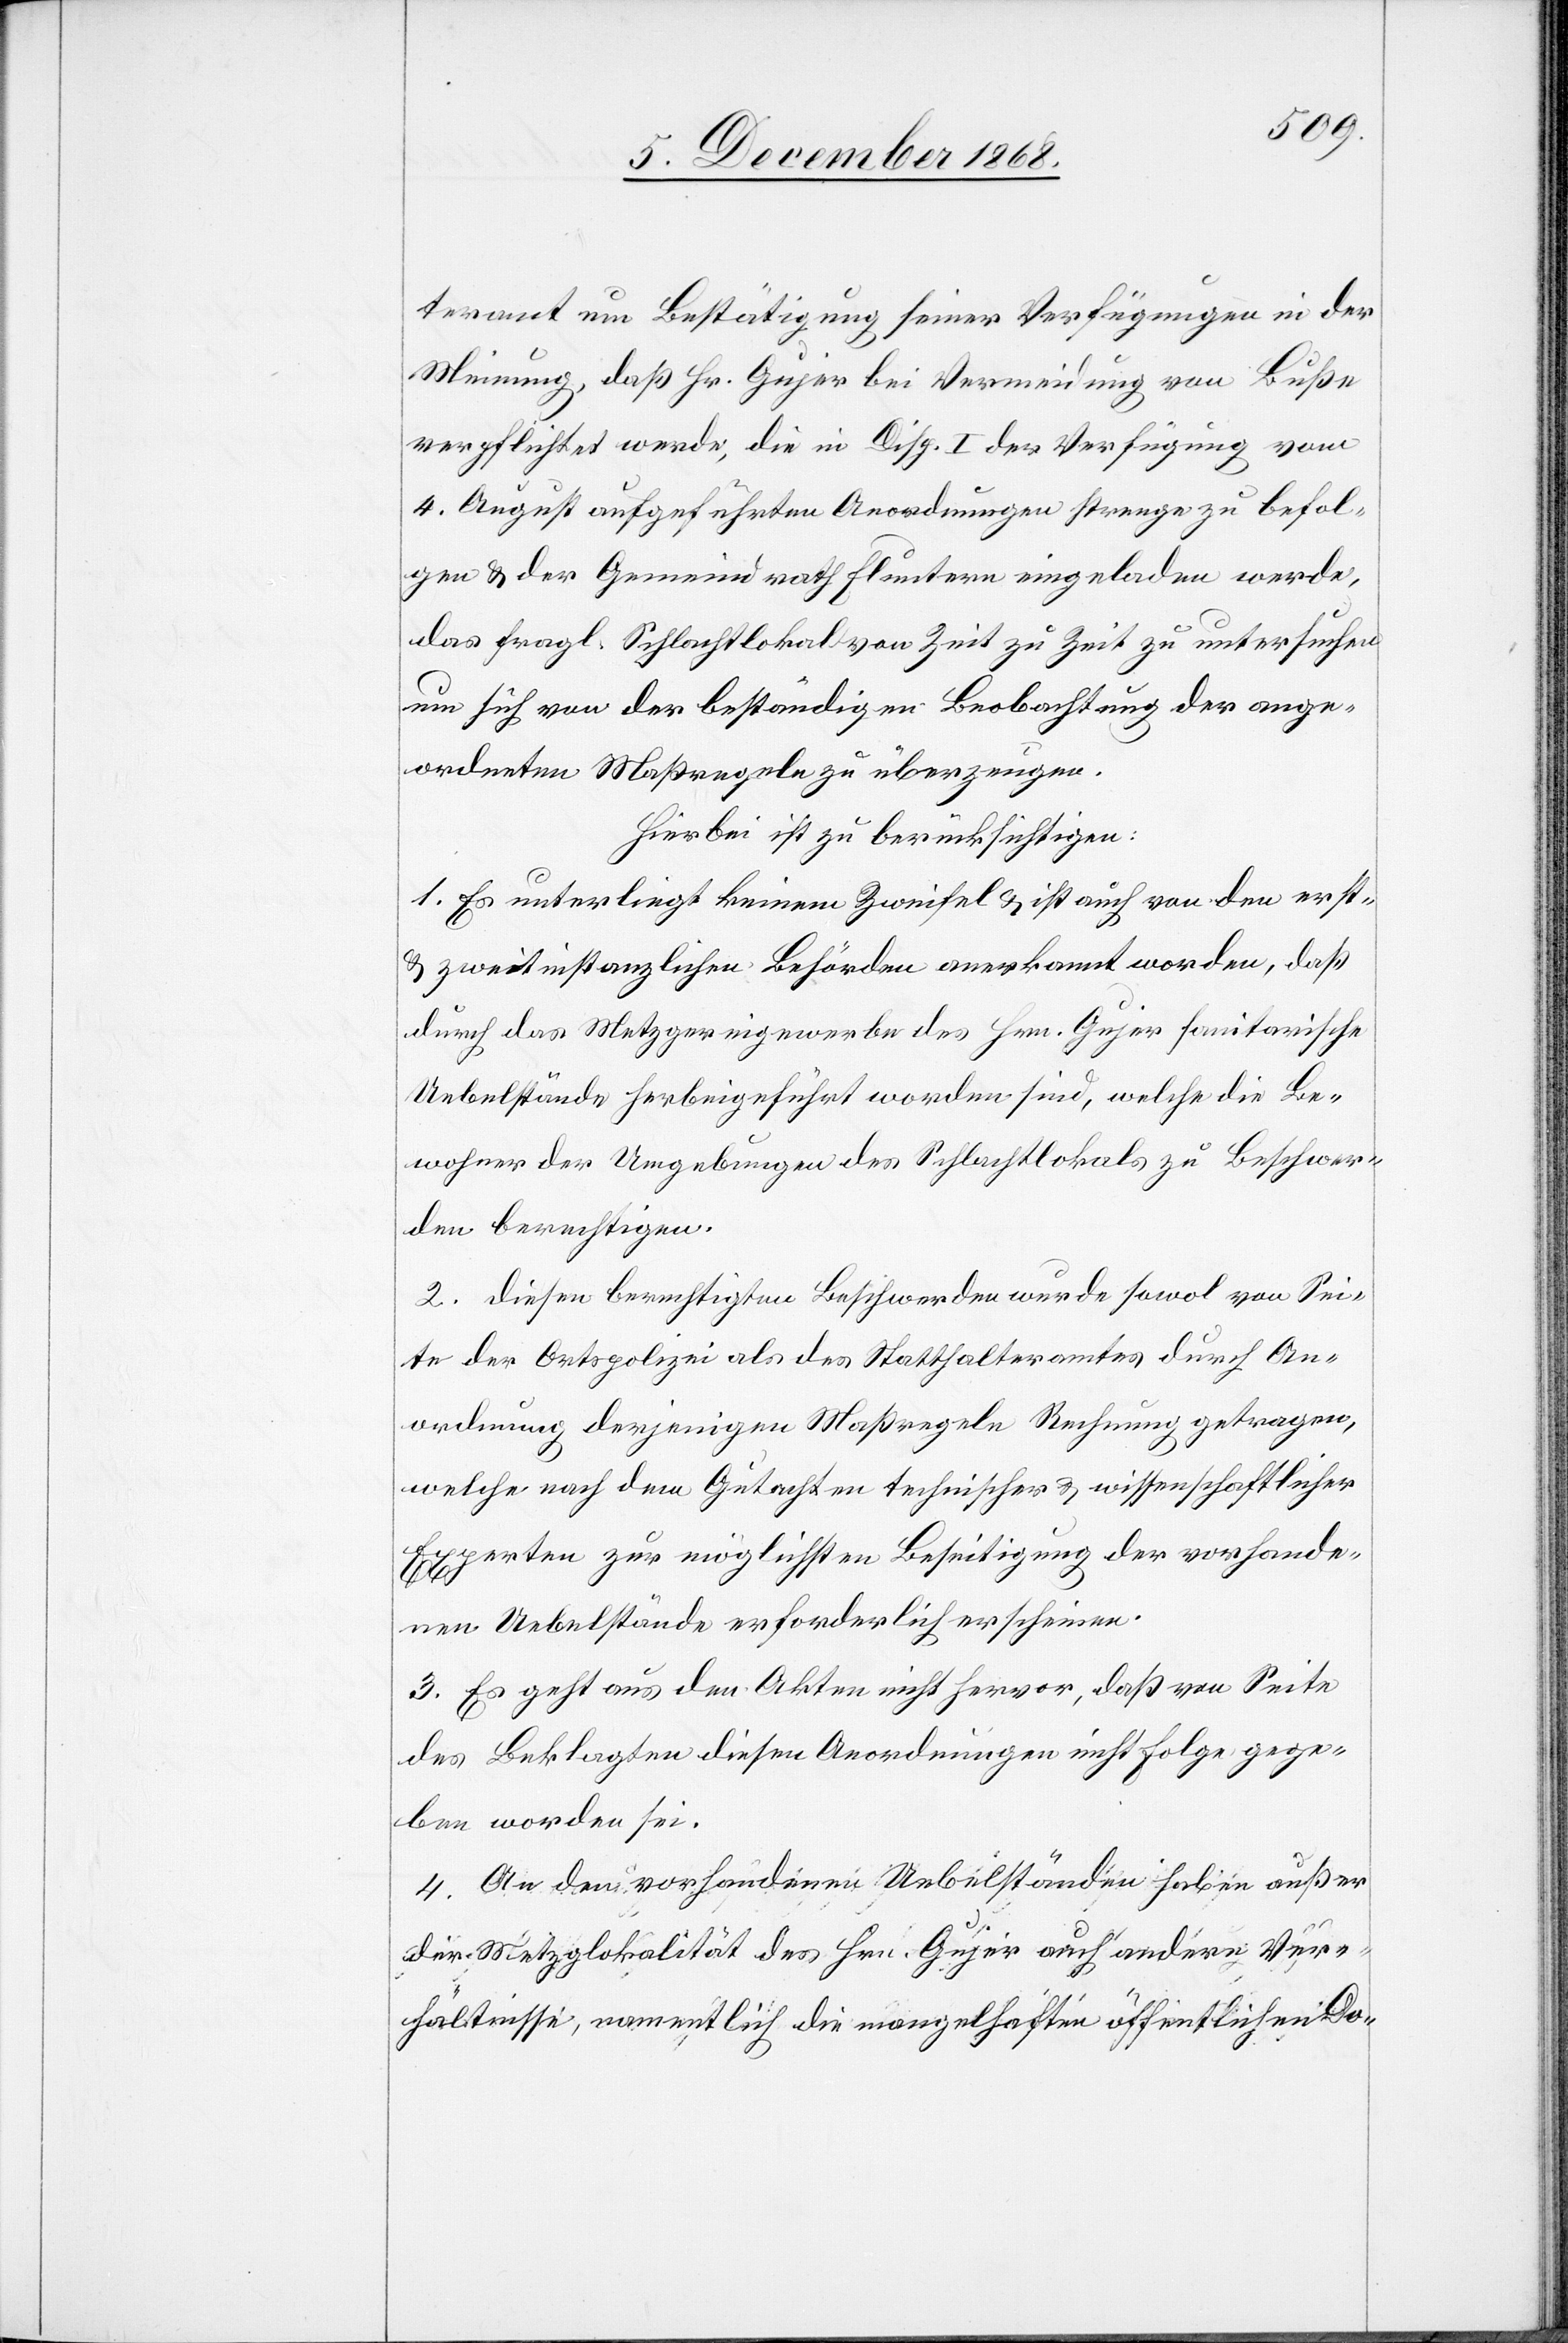
teramt um Bestätigung seiner Verfügungen in der
Meinung, daß Hr. Gujer bei Vermeidung von Buße
verpflichtet werde, die in Disp. I der Verfügung vom
4. August aufgeführten Anordnungen strenge zu befol¬
gen & der Gemeindrath Fluntern eingeladen werde,
das fragl. Schlachtlokal von Zeit zu Zeit zu untersuchen
um sich von der beständigen Beobachtung der ange¬
ordneten Maßregeln zu überzeugen.
Hierbei ist zu berücksichtigen:
1. Es unterliegt keinem Zweifel & ist auch von den erst-
& zweitinstanzlichen Behörden anerkannt worden, daß
durch das Metzgereigewerbe des Hrn. Gujer sanitarische
Uebelstände herbeigeführt worden sind, welche die Be¬
wohner der Umgebungen des Schlachtlokals zu Beschwer¬
den berechtigen.
2. Diesen berechtigten Beschwerden wurde sowol von Sei¬
te der Ortspolizei als des Statthalteramtes durch An¬
ordnung derjenigen Maßregeln Rechnung getragen,
welche nach dem Gutachten technischer & wissenschaftlicher
Experten zur möglichsten Beseitigung der vorhande¬
nen Uebelstände erforderlich erscheinen.
3. Es geht aus den Akten nicht hervor, daß von Seite
des Beklagten diesen Anordnungen nicht Folge gege¬
ben worden sei.
4. An den vorhandenen Uebelständen haben außer
der Metzglokalität des Hrn. Gujer auch andere Ver¬
hältnisse, namentlich die mangelhaften öffentlichen Do-